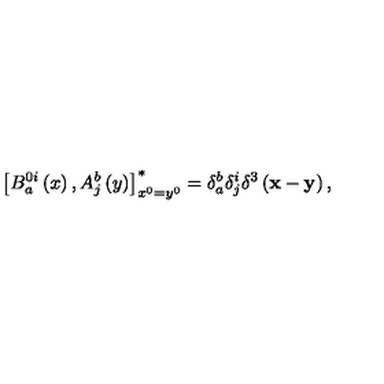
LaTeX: \left[ B _ { a } ^ { 0 i } \left( x \right) , A _ { j } ^ { b } \left( y \right) \right] _ { x ^ { 0 } = y ^ { 0 } } ^ { * } = \delta _ { a } ^ { b } \delta _ { j } ^ { i } \delta ^ { 3 } \left( \mathbf { x } - \mathbf { y } \right) ,